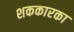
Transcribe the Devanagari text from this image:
शककारका